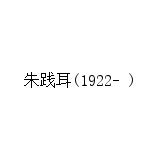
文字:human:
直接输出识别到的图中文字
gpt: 朱践耳(1922- )